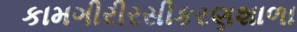
કામગીરીરસીકરણશાળા